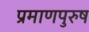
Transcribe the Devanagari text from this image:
प्रमाणपुरुष